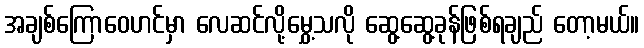
အချစ်ကြောဝေဟင်မှာ လေဆင်လို့မွှေ့သလို ဆွေ့ဆွေ့ခုန်ဖြစ်ရချည် တော့မယ်။